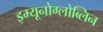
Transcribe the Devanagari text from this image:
इम्यूनोग्लोब्लिन